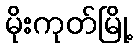
မိုးကုတ်မြို့